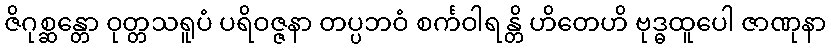
ဇိဂုစ္ဆန္တော ဝုတ္တသရူပံ ပရိဝဇ္ဇနာ တပ္ပဘဝံ စင်္ကဝါရန္တိ ဟိတေဟိ ဗုဒ္ဓထူပေါ ဇာဏုနာ